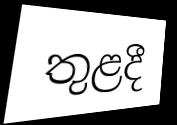
තුළදී